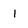
Character: 1